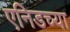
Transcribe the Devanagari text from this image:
एनिडच्या